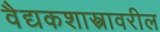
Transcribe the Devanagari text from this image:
वैद्यकशास्त्रावरील